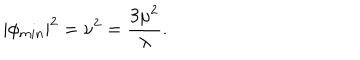
LaTeX: \left| \phi _ { m i n } \right| ^ { 2 } = \nu ^ { 2 } = \frac { 3 \mu ^ { 2 } } { \lambda } .